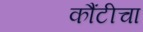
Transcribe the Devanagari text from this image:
कौंटीचा